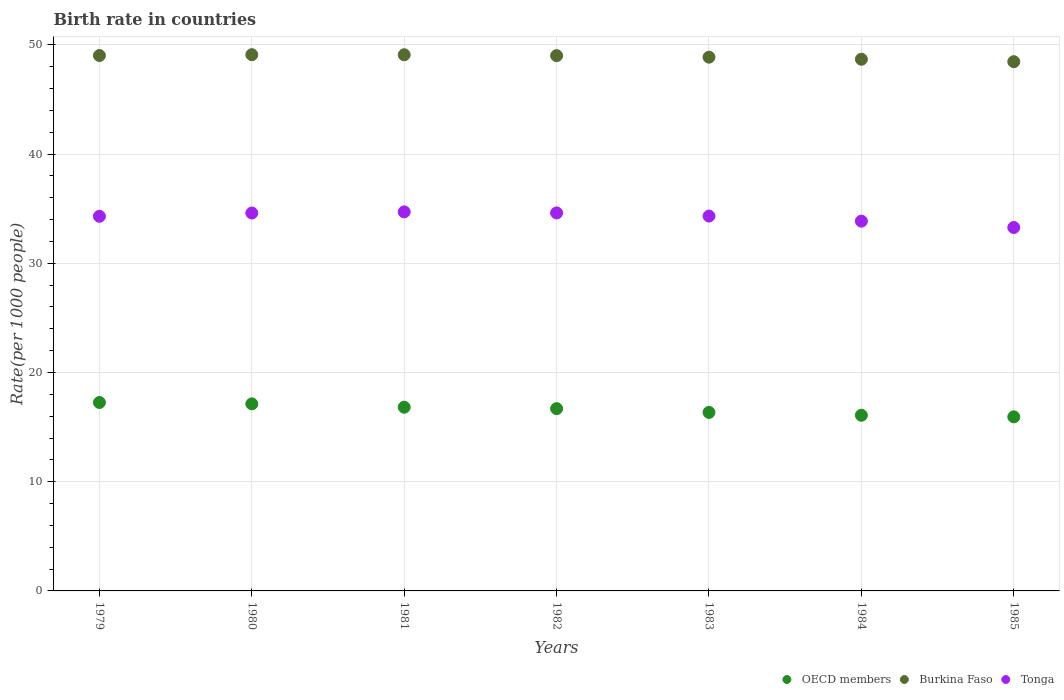
| Years | OECD members | Burkina Faso | Tonga |
 | --- | --- | --- | --- |
 | 1979 | 17.3 | 49 | 34.3 |
 | 1980 | 17.1 | 49.1 | 34.6 |
 | 1981 | 16.8 | 49.1 | 34.7 |
 | 1982 | 16.7 | 49 | 34.6 |
 | 1983 | 16.3 | 48.9 | 34.3 |
 | 1984 | 16.1 | 48.7 | 33.9 |
 | 1985 | 15.9 | 48.5 | 33.3 |